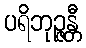
ပရိဘုဉ္ဇန္တီ